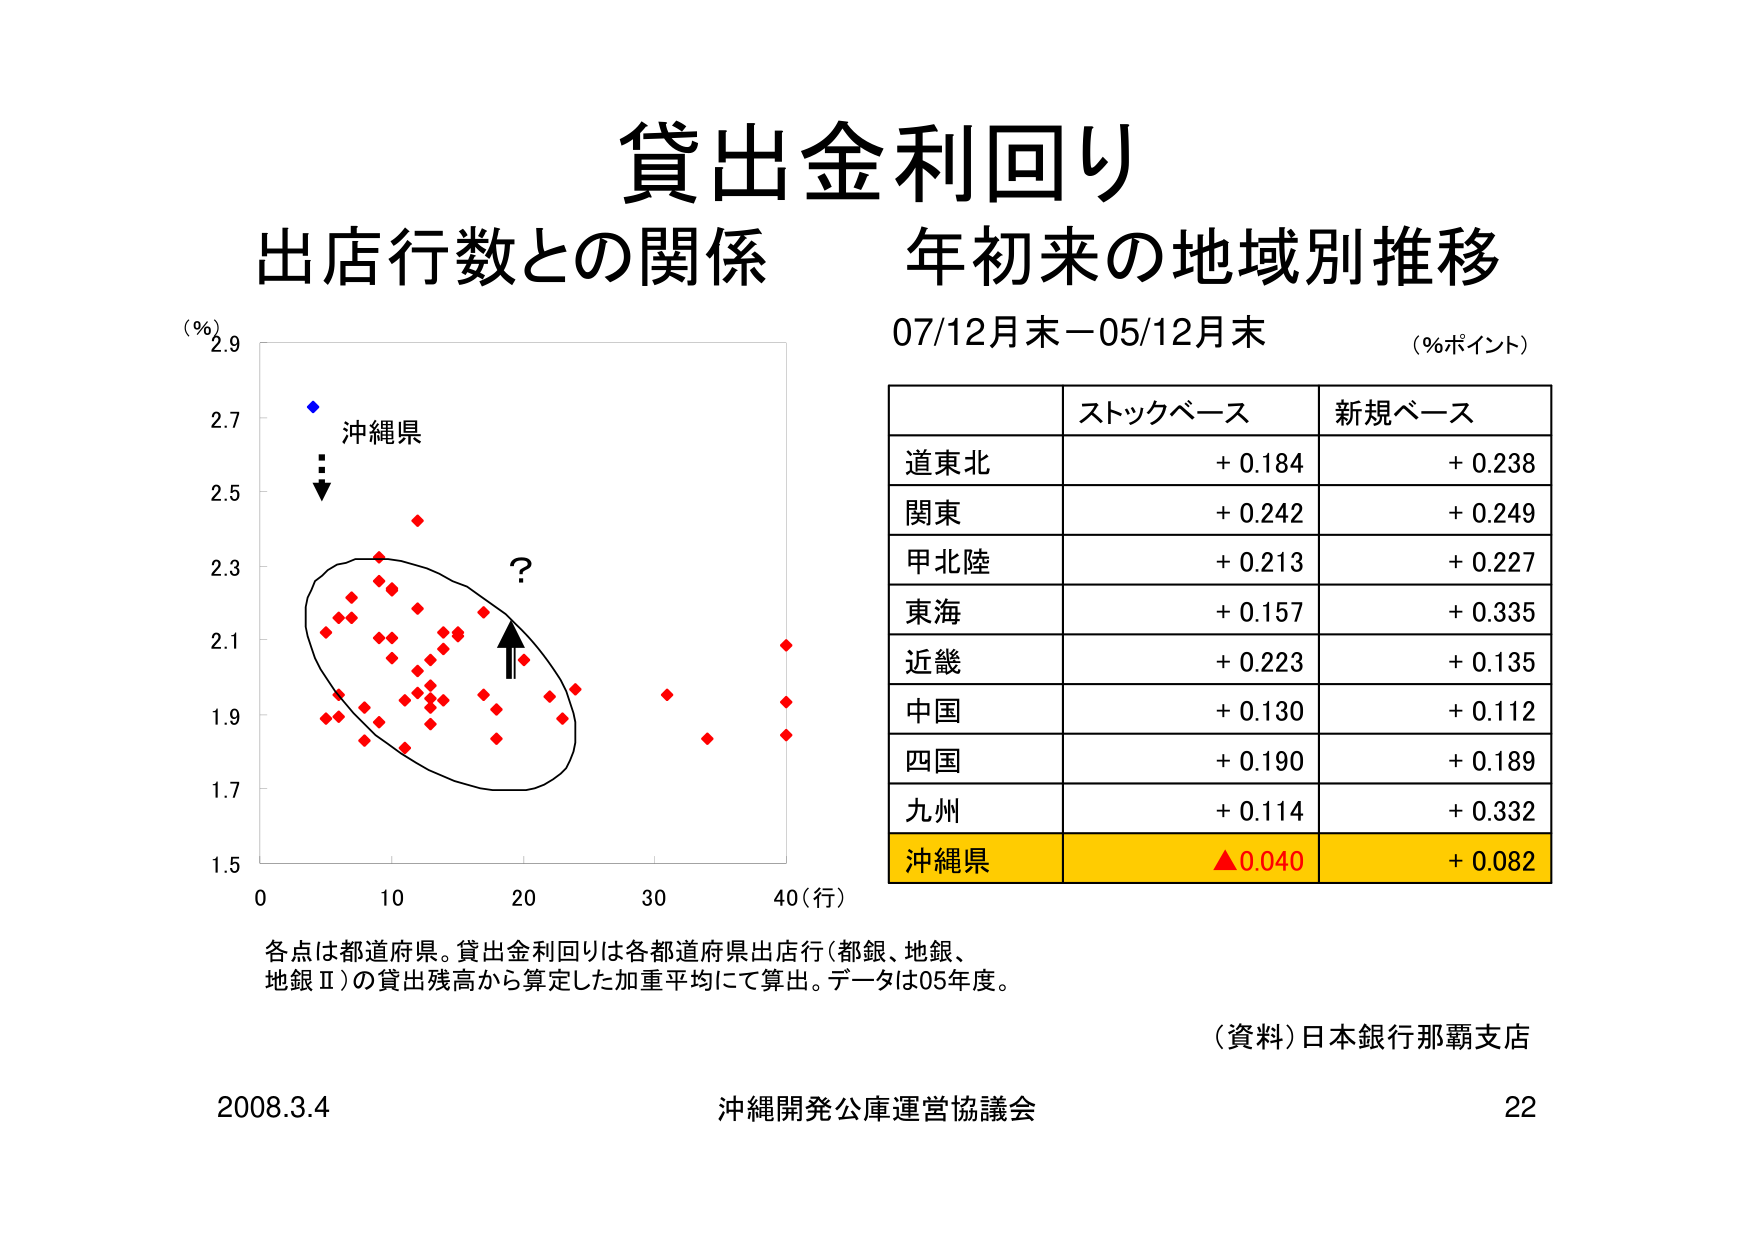
貸出金利回り
出店行数との関係 年初来の地域別推移
07/12月末－05/12月末
（％ポイント）

（％）
2.9
2.7 沖縄県
2.5
2.3?
2.1
1.9
1.7
1.5
0 10 20 30 40（行）

ストックベース 新規ベース
道東北 + 0.184 + 0.238
関東 + 0.242 + 0.249
甲北陸 + 0.213 + 0.227
東海 + 0.157 + 0.335
近畿 + 0.223 + 0.135
中国 + 0.130 + 0.112
四国 + 0.190 + 0.189
九州 + 0.114 + 0.332
沖縄県 ▲0.040 + 0.082

各点は都道府県。貸出金利回りは各都道府県出店行（都銀、地銀、
地銀Ⅱ）の貸出残高から算定した加重平均にて算出。データは05年度。

（資料）日本銀行那覇支店
2008.3.4 沖縄開発公庫運営協議会 22